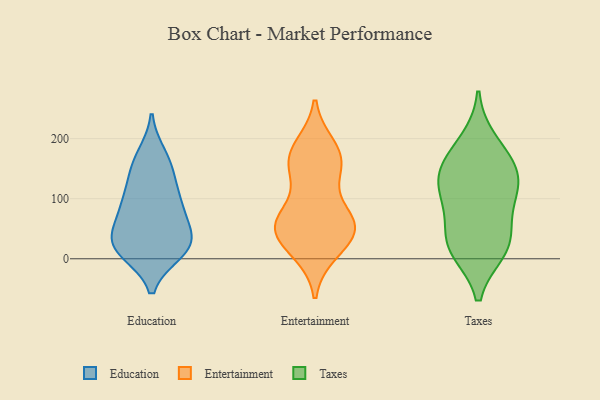
{"axis": {"x": "Inventory Turnover", "y": "Value"}, "legend": ["Education", "Entertainment", "Taxes"], "data": [{"x": "", "y": 20, "type": "Education"}, {"x": "", "y": 21, "type": "Education"}, {"x": "", "y": 12, "type": "Education"}, {"x": "", "y": 18, "type": "Education"}, {"x": "", "y": 95, "type": "Education"}, {"x": "", "y": 23, "type": "Education"}, {"x": "", "y": 89, "type": "Education"}, {"x": "", "y": 108, "type": "Education"}, {"x": "", "y": 77, "type": "Education"}, {"x": "", "y": 144, "type": "Education"}, {"x": "", "y": 38, "type": "Education"}, {"x": "", "y": 51, "type": "Education"}, {"x": "", "y": 157, "type": "Education"}, {"x": "", "y": 171, "type": "Education"}, {"x": "", "y": 148, "type": "Entertainment"}, {"x": "", "y": 53, "type": "Entertainment"}, {"x": "", "y": 53, "type": "Entertainment"}, {"x": "", "y": 67, "type": "Entertainment"}, {"x": "", "y": 61, "type": "Entertainment"}, {"x": "", "y": 13, "type": "Entertainment"}, {"x": "", "y": 59, "type": "Entertainment"}, {"x": "", "y": 52, "type": "Entertainment"}, {"x": "", "y": 170, "type": "Entertainment"}, {"x": "", "y": 148, "type": "Entertainment"}, {"x": "", "y": 185, "type": "Entertainment"}, {"x": "", "y": 21, "type": "Entertainment"}, {"x": "", "y": 171, "type": "Entertainment"}, {"x": "", "y": 14, "type": "Taxes"}, {"x": "", "y": 120, "type": "Taxes"}, {"x": "", "y": 143, "type": "Taxes"}, {"x": "", "y": 103, "type": "Taxes"}, {"x": "", "y": 41, "type": "Taxes"}, {"x": "", "y": 97, "type": "Taxes"}, {"x": "", "y": 162, "type": "Taxes"}, {"x": "", "y": 14, "type": "Taxes"}, {"x": "", "y": 195, "type": "Taxes"}, {"x": "", "y": 32, "type": "Taxes"}, {"x": "", "y": 149, "type": "Taxes"}]}